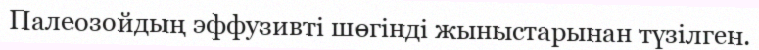
Палеозойдың эффузивті шөгінді жыныстарынан түзілген.